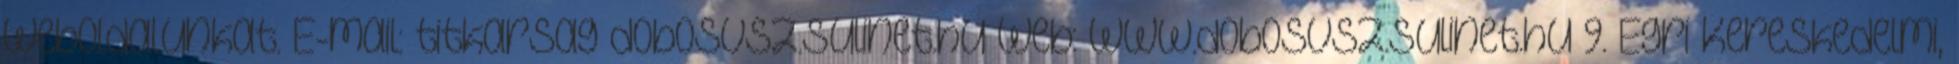
weboldalunkat. E-mail: titkarsag dobosvsz.sulinet.hu Web: www.dobosvsz.sulinet.hu 9. Egri Kereskedelmi,